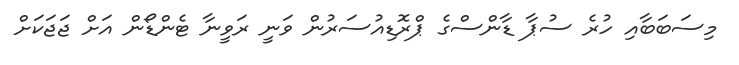
މިސަބަބާއި ހުރެ ސުޕާ ޑާންސްގެ ޕްރޮޑިއުސަރުން ވަނީ ރަވީނާ ޓެންޑޯން އަށް ޖަޖަކަށް